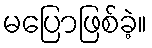
မပြောဖြစ်ခဲ့။